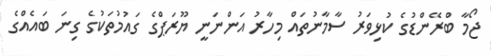
ޖޯމާ ބްރޭންޑުގެ ކުޅިވަރު ސާމާނުތަައް މިހާރު އަންނަނީ ޔޫރަޕްގެ ގައުމުތަކުގެ ގިނަ ބައެއްގެ